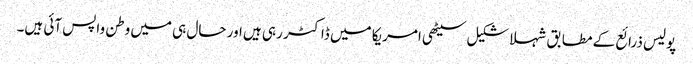
پولیس ذرائع کے مطابق شہلا شکیل سیٹھی امریکا میں ڈاکٹر رہی ہیں اور حال ہی میں وطن واپس آئی ہیں۔